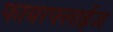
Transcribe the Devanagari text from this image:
फायरफ्लाईज